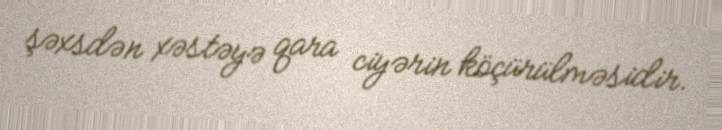
şəxsdən xəstəyə qara ciyərin köçürülməsidir.